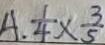
A . \frac { 1 } { 4 } \times \frac { 3 } { 5 }